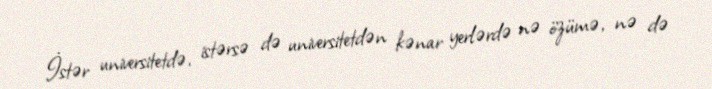
İstər universitetdə, istərsə də universitetdən kənar yerlərdə nə özümə, nə də